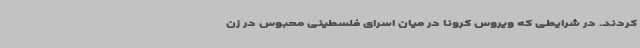
کردند. در شرایطی که ویروس کرونا در میان اسرای فلسطینی محبوس در زن